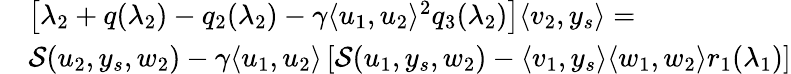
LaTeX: \begin{array}{rl}&{\left[\lambda_{2}+q(\lambda_{2})-q_{2}(\lambda_{2})-{\gamma}\langle u_{1},u_{2}\rangle^{2}q_{3}(\lambda_{2})\right]\langle v_{2},y_{s}\rangle=}\\ &{{\mathcal{S}}(u_{2},y_{s},w_{2})-{\gamma}\langle u_{1},u_{2}\rangle\left[{\mathcal{S}}(u_{1},y_{s},w_{2})-\langle v_{1},y_{s}\rangle\langle w_{1},w_{2}\rangle r_{1}(\lambda_{1})\right]}\end{array}